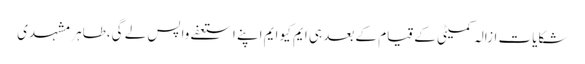
شکایات ازالہ کمیٹی کے قیام کے بعد ہی ایم کیو ایم اپنے استعفے واپس لے گی،طاہر مشہدی